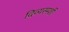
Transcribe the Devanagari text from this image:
दिव्यस्पर्शी